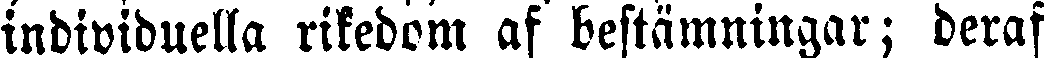
individuella rikedom af bestämningar; deraf